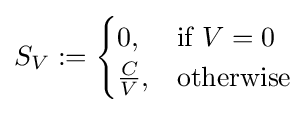
S_{V}:={\begin{cases}0,&{\text{if }}V=0\\{\frac {C}{V}},&{\text{otherwise}}\end{cases}}